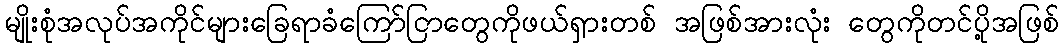
မျိုးစုံအလုပ်အကိုင်များခြေရာခံကြော်ငြာတွေကိုဖယ်ရှားတစ် အဖြစ်အားလုံး တွေကိုတင်ပို့အဖြစ်